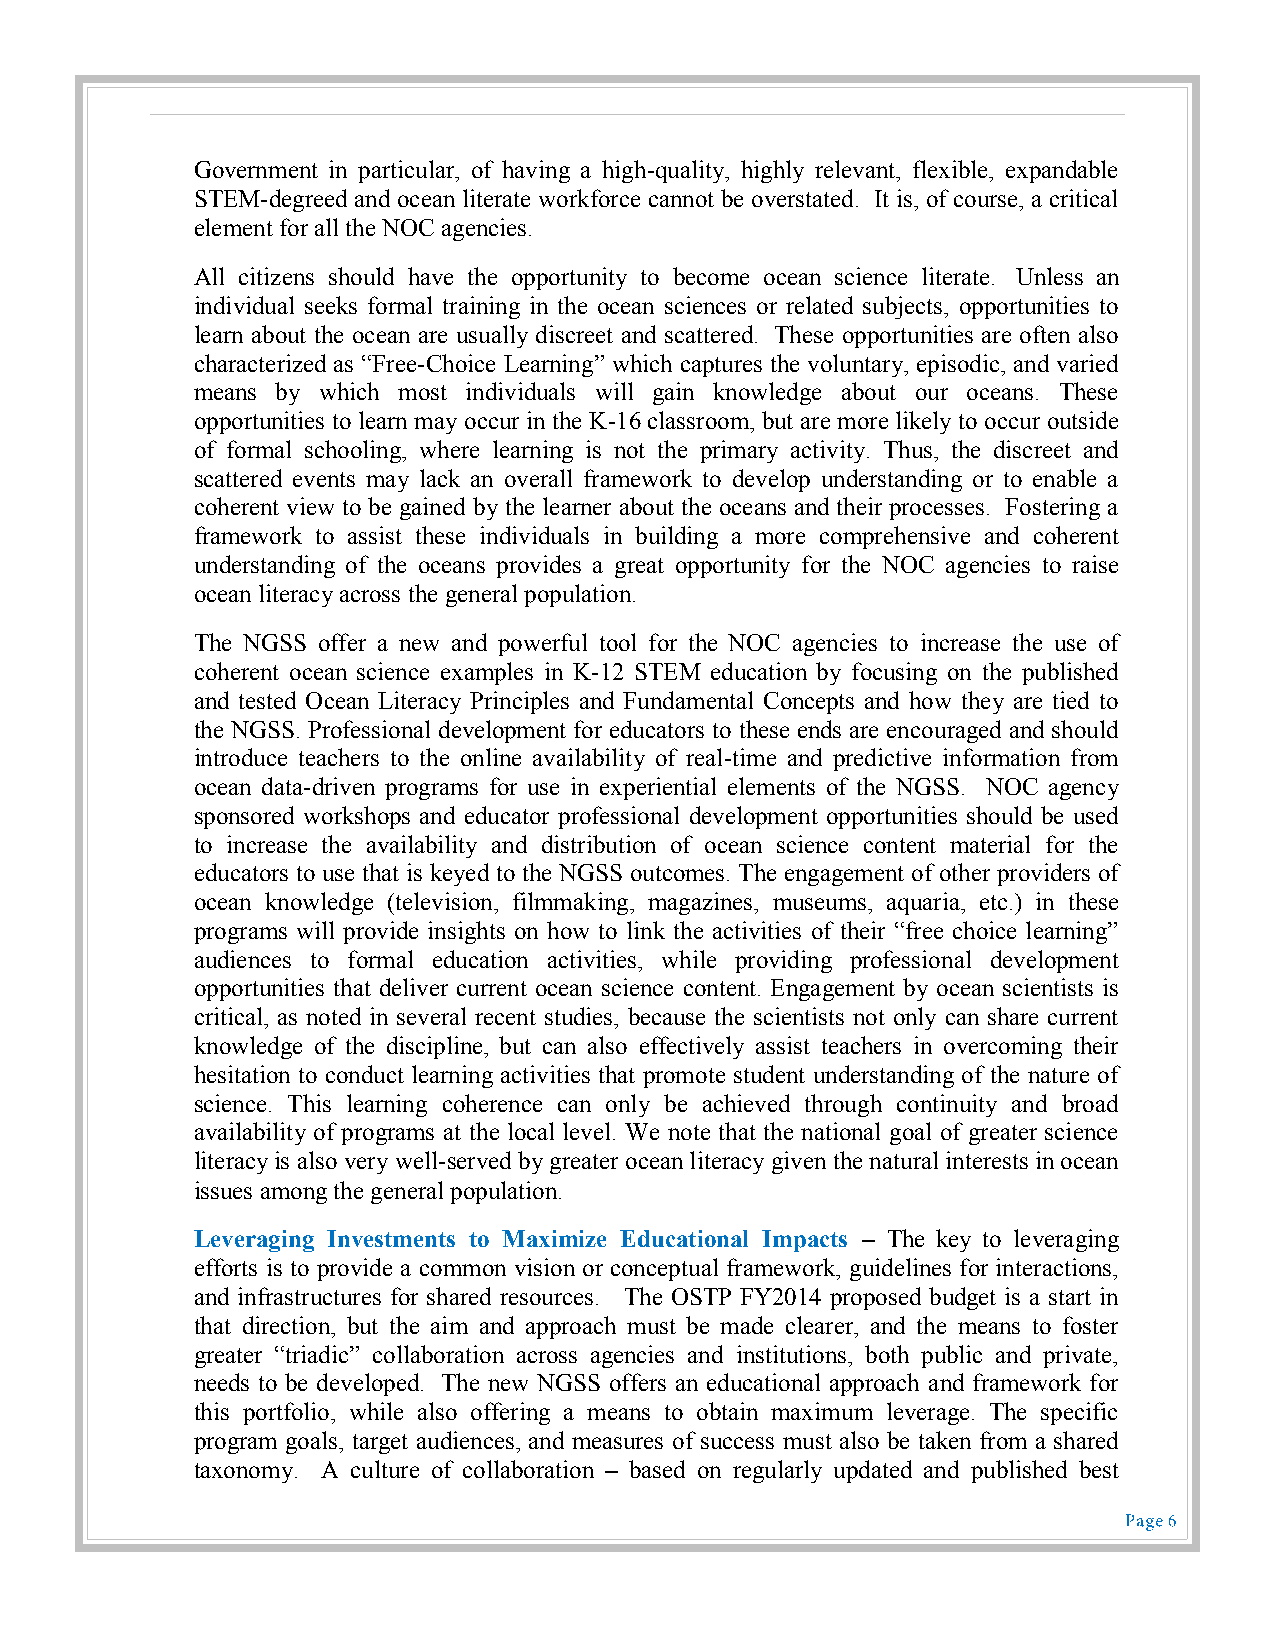
Government in particular, of having a high-quality, highly relevant, flexible, expandable
 STEM-degreed and ocean literate workforce cannot be overstated. It is, of course, a critical
 element for all the NOC agencies.
 All citizens should have the opportunity to become ocean science literate. Unless an
 individual seeks formal training in the ocean sciences or related subjects, opportunities to
 learn about the ocean are usually discreet and scattered. These opportunities are often also
 characterized as “Free-Choice Learning” which captures the voluntary, episodic, and varied
 means by which most individuals will gain knowledge about our oceans. These
 opportunities to learn may occur in the K-16 classroom, but are more likely to occur outside
 of formal schooling, where learning is not the primary activity. Thus, the discreet and
 scattered events may lack an overall framework to develop understanding or to enable a
 coherent view to be gained by the learner about the oceans and their processes. Fostering a
 framework to assist these individuals in building a more comprehensive and coherent
 understanding of the oceans provides a great opportunity for the NOC agencies to raise
 ocean literacy across the general population.
 The NGSS offer a new and powerful tool for the NOC agencies to increase the use of
 coherent ocean science examples in K-12 STEM education by focusing on the published
 and tested Ocean Literacy Principles and Fundamental Concepts and how they are tied to
 the NGSS. Professional development for educators to these ends are encouraged and should
 introduce teachers to the online availability of real-time and predictive information from
 ocean data-driven programs for use in experiential elements of the NGSS. NOC agency
 sponsored workshops and educator professional development opportunities should be used
 to increase the availability and distribution of ocean science content material for the
 educators to use that is keyed to the NGSS outcomes. The engagement of other providers of
 ocean knowledge (television, filmmaking, magazines, museums, aquaria, etc.) in these
 programs will provide insights on how to link the activities of their “free choice learning”
 audiences to formal education activities, while providing professional development
 opportunities that deliver current ocean science content. Engagement by ocean scientists is
 critical, as noted in several recent studies, because the scientists not only can share current
 knowledge of the discipline, but can also effectively assist teachers in overcoming their
 hesitation to conduct learning activities that promote student understanding of the nature of
 science. This learning coherence can only be achieved through continuity and broad
 availability of programs at the local level. We note that the national goal of greater science
 literacy is also very well-served by greater ocean literacy given the natural interests in ocean
 issues among the general population.
 Leveraging Investments to Maximize Educational Impacts – The key to leveraging
 efforts is to provide a common vision or conceptual framework, guidelines for interactions,
 and infrastructures for shared resources. The OSTP FY2014 proposed budget is a start in
 that direction, but the aim and approach must be made clearer, and the means to foster
 greater “triadic” collaboration across agencies and institutions, both public and private,
 needs to be developed. The new NGSS offers an educational approach and framework for
 this portfolio, while also offering a means to obtain maximum leverage. The specific
 program goals, target audiences, and measures of success must also be taken from a shared
 taxonomy. A culture of collaboration – based on regularly updated and published best